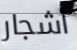
أشجار